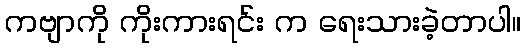
ကဗျာကို ကိုးကားရင်း က ရေးသားခဲ့တာပါ။